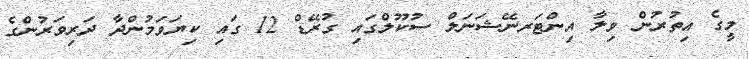
މީގެ އިތުރުން ވިލާ އިންޓަރނޭޝަނަލް ސުކޫލްގައި ގުރޭޑް 12 ގައި ކިޔަވަމުންދާ ދަރިވަރުންގެ